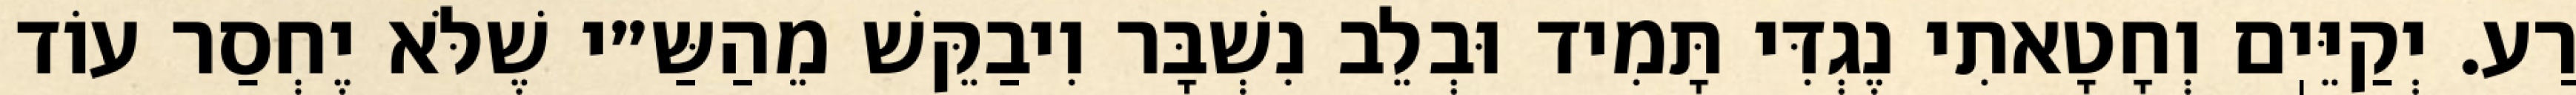
רַע. יְקַיֵּיֽם וְחָטָאתִי נֶגְדִּי תָּמִיד וּבְלֵב נִשְׁבָּר וִיבַקֵּשׁ מֵהַשַּ״י שֶׁלֹּא יֶחְסַר עוֹד